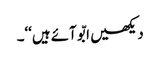
دیکھیں ابّو آئے ہیں‘‘۔